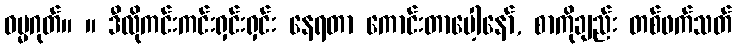
ဓမ္မဂုတ်။ ။ ဒီလိုကင်းကင်းရှင်းရှင်း နေရတာ ကောင်းတာပေါ့နော်, စာကိုချည်း တစ်ဖက်သတ်